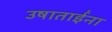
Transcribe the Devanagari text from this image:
उषाताईंना